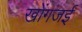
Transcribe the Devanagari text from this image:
खोंगजई